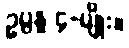
ဥပ္ပန္န ၄-မျိုး။